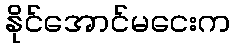
နိုင်အောင်မငေးက